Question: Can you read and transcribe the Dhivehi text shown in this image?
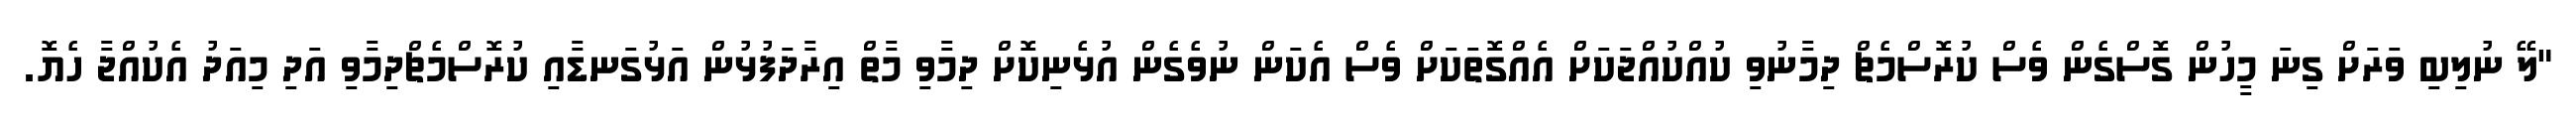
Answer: "ލޭ ނުލިބި ވަރަށް ގިނަ މީހުން ގޮސްގެން ވެސް ކުރޮސްމެޗް ދިމާނުވި ކުއްކުއްޖަކަށް އެއްގޮތަކަށް ވެސް އެކަން ނުވެގެން އުޅެނިކޮށް ދިމާވި މާތް އިރާދަފުޅުން އަޅުގަނޑާއި ކުރޮސްމެޗްދިމާވި އަދި މިއަދު އެކުއްޖާ ހެޔޮ.